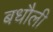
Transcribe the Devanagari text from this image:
बधौली